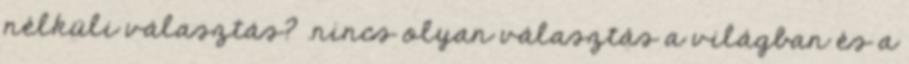
nélküli választás? .nincs olyan választás a világban és a